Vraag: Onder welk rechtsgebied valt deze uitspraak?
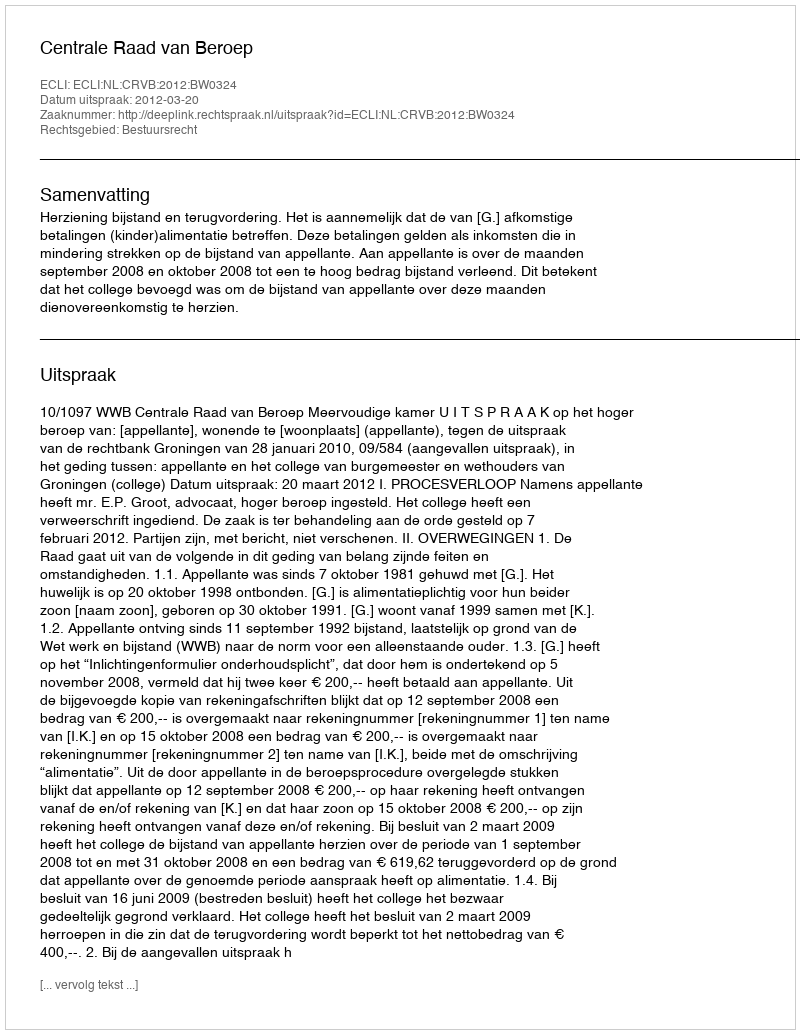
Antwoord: Bestuursrecht